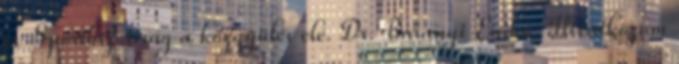
és Sportbizottság a közgyűlés elé. Dr. Baranyi Enikő: Hivatkozom